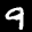
Label: 9